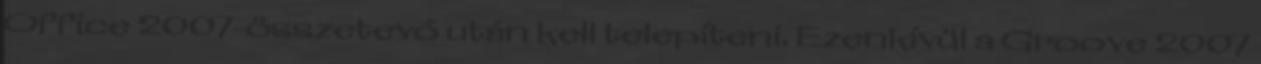
Office 2007-összetevő után kell telepíteni. Ezenkívül a Groove 2007